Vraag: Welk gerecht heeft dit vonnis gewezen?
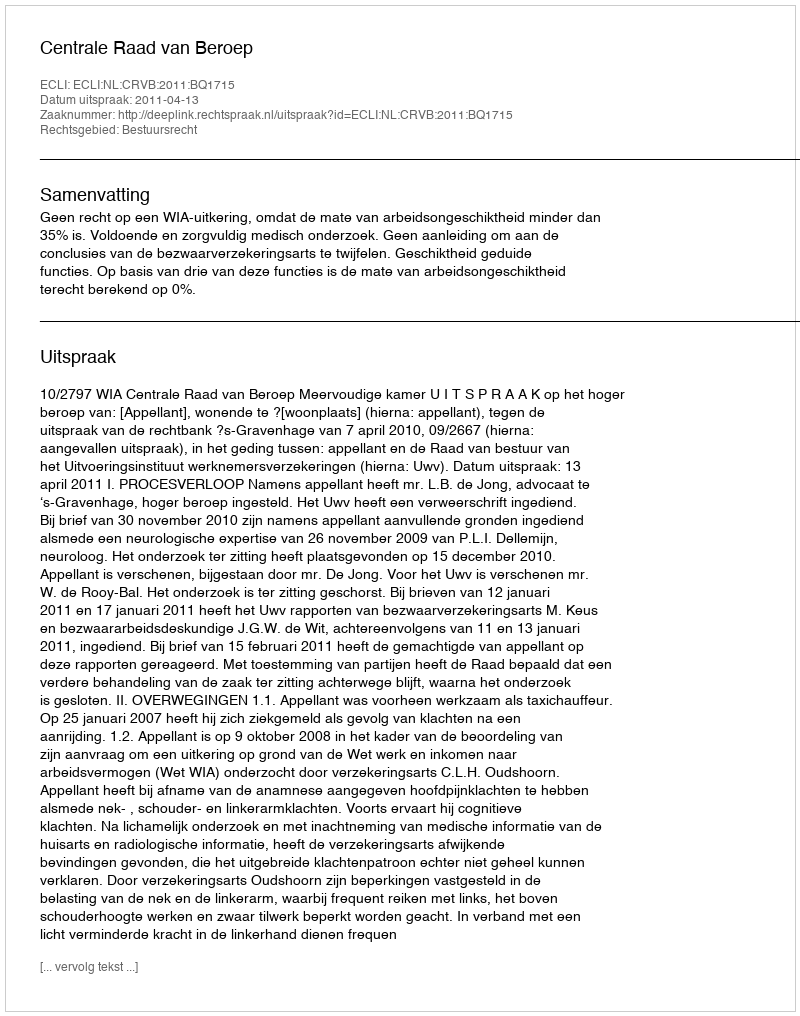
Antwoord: Centrale Raad van Beroep